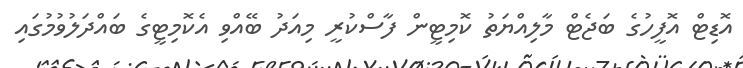
އޮޑިޓް އޮފީހުގެ ބަޖެޓް މާލިއްޔަތު ކޮމިޓީން ފާސްކުރީ މިއަދު ބޭއްވި އެކޮމިޓީގެ ބައްދަލުވުމުގައި